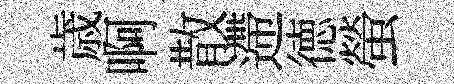
歳啊散遰徳螢